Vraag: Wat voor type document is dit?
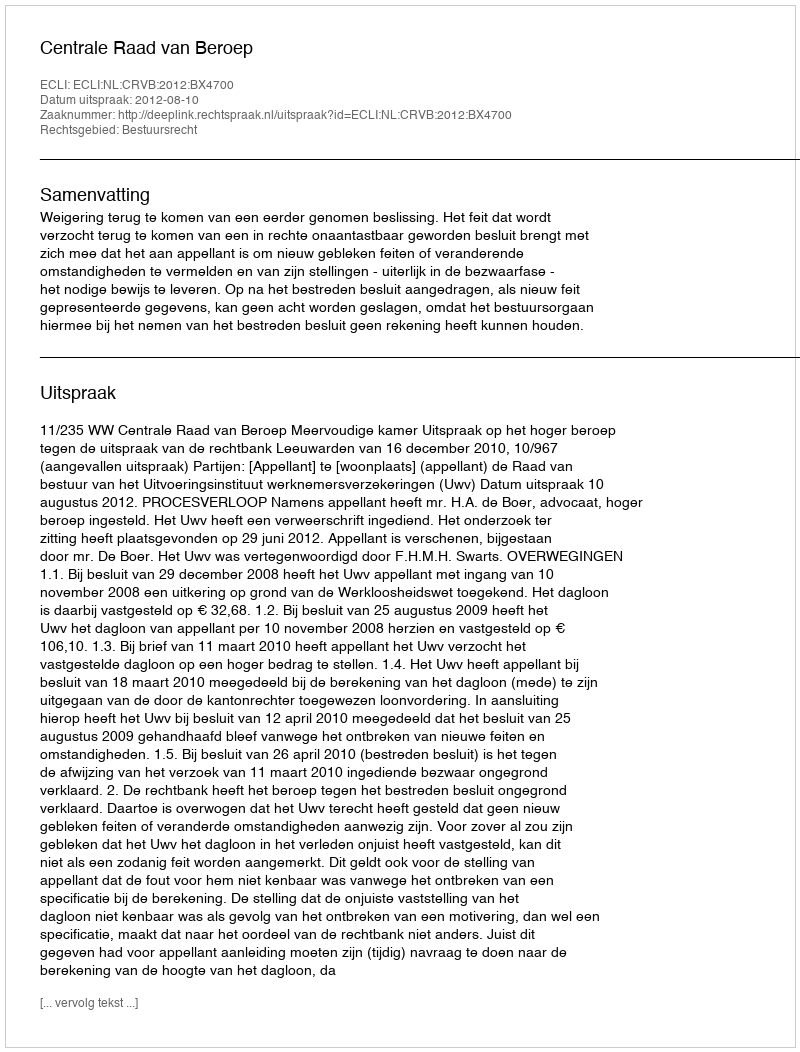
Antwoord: Uitspraak